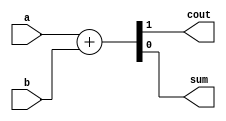
module Hadd(

    input a,
    input b,
    output cout,
    output sum


);

    assign {cout, sum} = a + b;

endmodule